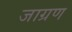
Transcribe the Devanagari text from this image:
जाग्रण